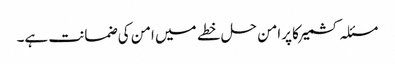
مسئلہ کشمیرکا پرامن حل خطے میں امن کی ضمانت ہے۔